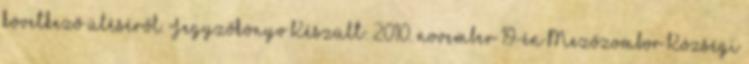
következő üléséről. Jegyzőkönyv Készült: 2010. november 19-én Mezőzombor Községi